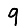
Digit: 9